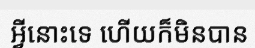
អ្វីនោះទេ ហើយក៏មិនបាន